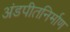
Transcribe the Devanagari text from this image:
अंडपीतनिर्माण